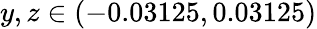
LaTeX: y,z\in(-0.03125,0.03125)